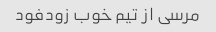
مرسی از تیم خوب زودفود